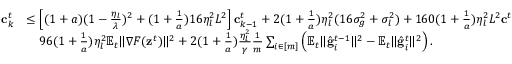
\begin{array} { r l } { \mathbf { c } _ { k } ^ { t } } & { \leq \left[ ( 1 + a ) ( 1 - \frac { \eta _ { l } } { \lambda } ) ^ { 2 } + ( 1 + \frac { 1 } { a } ) 1 6 \eta _ { l } ^ { 2 } L ^ { 2 } \right] \mathbf { c } _ { k - 1 } ^ { t } + 2 ( 1 + \frac { 1 } { a } ) \eta _ { l } ^ { 2 } ( 1 6 \sigma _ { g } ^ { 2 } + \sigma _ { l } ^ { 2 } ) + 1 6 0 ( 1 + \frac { 1 } { a } ) \eta _ { l } ^ { 2 } L ^ { 2 } \mathbf { c } ^ { t } } \\ & { \quad 9 6 ( 1 + \frac { 1 } { a } ) \eta _ { l } ^ { 2 } \mathbb { E } _ { t } \Vert \nabla F ( \mathbf { z } ^ { t } ) \Vert ^ { 2 } + 2 ( 1 + \frac { 1 } { a } ) \frac { \eta _ { l } ^ { 2 } } { \gamma } \frac { 1 } { m } \sum _ { i \in [ m ] } \left( \mathbb { E } _ { t } \Vert \hat { \mathbf { g } } _ { i } ^ { t - 1 } \Vert ^ { 2 } - \mathbb { E } _ { t } \Vert \hat { \mathbf { g } } _ { i } ^ { t } \Vert ^ { 2 } \right) . } \end{array}